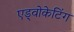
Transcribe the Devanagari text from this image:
एड्वोकेटिंग